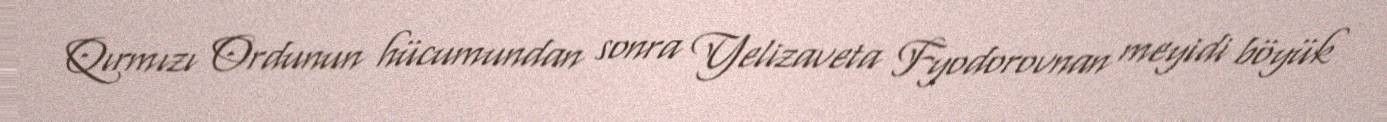
Qırmızı Ordunun hücumundan sonra Yelizaveta Fyodorovnan meyidi böyük